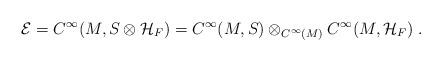
LaTeX: \begin{align*}\mathcal{E}=C^{\infty }(M,S\otimes \mathcal{H}_{F})=C^{\infty }(M,S)\otimes_{C^{\infty }(M)}C^{\infty }(M,\mathcal{H}_{F})~.\ \end{align*}